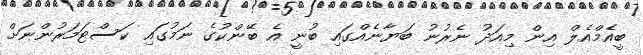
ބީއެމްއެލް އިން މިއަދު ނެރުނު ބަޔާނެއްގައި ބުނީ އެ ބޭންކުގެ ނަމުގައި ކަސްޓަމަރުންނަށް